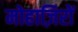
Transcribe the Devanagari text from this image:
मोहाज़िरों